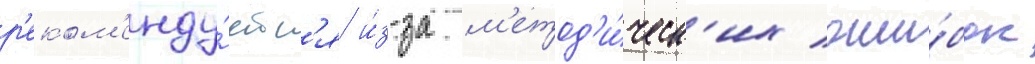
р'еком'енду́етс'я и́з-за м'етод'и́ческ'их оши́бок